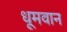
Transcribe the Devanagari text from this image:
धूमवान